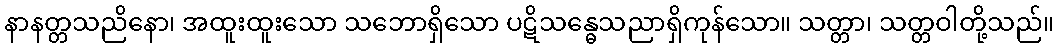
နာနတ္တသညိနော၊ အထူးထူးသော သဘောရှိသော ပဋိသန္ဓေသညာရှိကုန်သော။ သတ္တာ၊ သတ္တဝါတို့သည်။